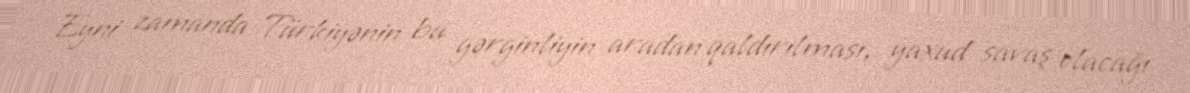
Eyni zamanda Türkiyənin bu gərginliyin aradan qaldırılması, yaxud savaş olacağı